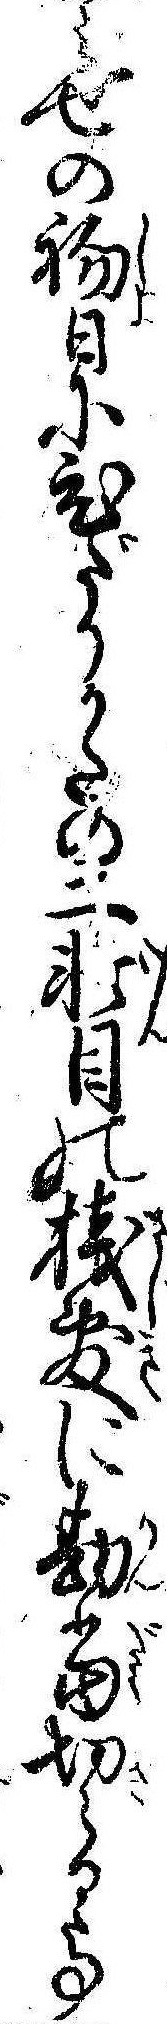
みせの初日にひだりかたの二軒目の桟敷に勘当切らるゝ事